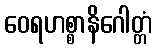
ဝေရဟစ္စာနိဂေါတ္တံ